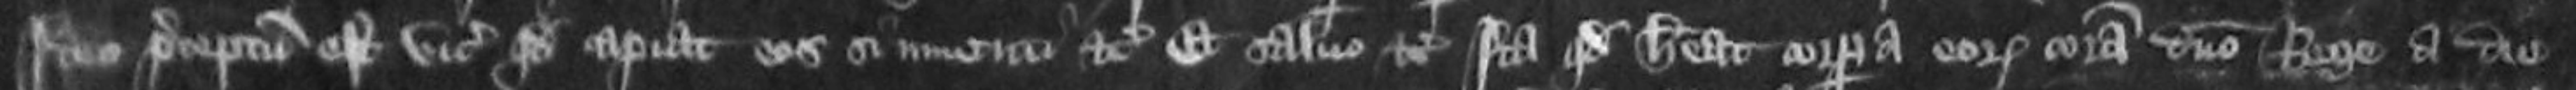
Ideo preceptum est vicecomiti quod capiat eos si inventi etc et salvo etc ita quod habeat corpora eorum coram domino rege a die